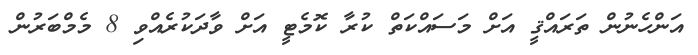
އަންހެނުން ތަރައްޤީ އަށް މަސައްކަތް ކުރާ ކޮމެޓީ އަށް ވާދަކުރެއްވި 8 މެމްބަރުން